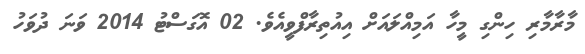
މާރާމާރި ހިންގި މީހާ އަމިއްލައަށް އިއުތިރާފްވީއެވެ. 02 އޮގަސްޓު 2014 ވަނަ ދުވަހު